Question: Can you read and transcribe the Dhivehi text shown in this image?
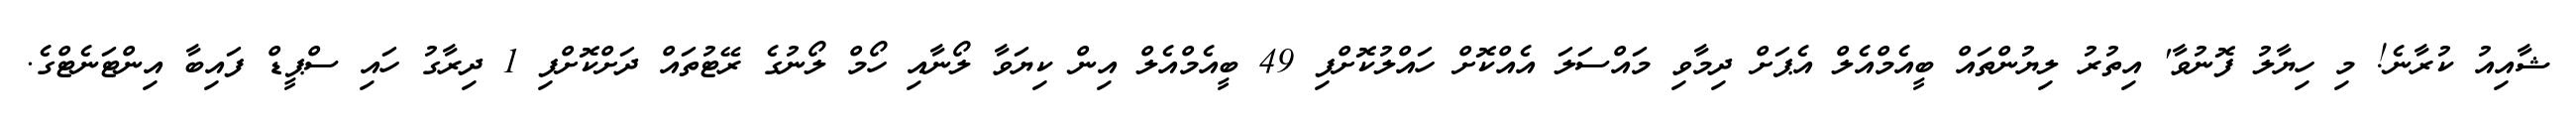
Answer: ޝާއިއު ކުރާނެ! މި ހިޔާލު ފޮނުވާ' އިތުރު ލިޔުންތައް ބީއެމްއެލް އެޕަށް ދިމާވި މައްސަލަ އެއްކޮށް ހައްލުކޮށްފި 49 ބީއެމްއެލް އިން ކިޔަވާ ލޯނާއި ހޯމް ލޯނުގެ ރޭޓުތައް ދަށްކޮށްފި 1 ދިރާގު ހައި ސްޕީޑް ފައިބާ އިންޓަނެޓްގެ.